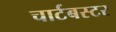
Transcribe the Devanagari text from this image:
चार्टबस्टर